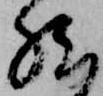
然